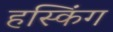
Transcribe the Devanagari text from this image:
हस्किंग